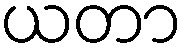
ယတာ